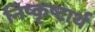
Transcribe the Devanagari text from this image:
निष्कृष्टार्थ